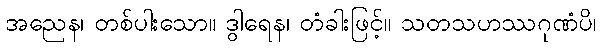
အညေန၊ တစ်ပါးသော။ ဒွါရေန၊ တံခါးဖြင့်။ သတသဟဿဂုဏံပိ၊